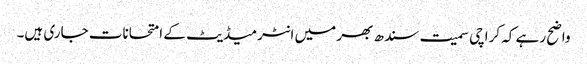
واضح رہے کہ کراچی سمیت سندھ بھر میں انٹرمیڈیٹ کے امتحانات جاری ہیں۔